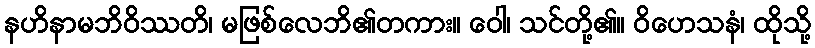
နဟိနာမဘိဝိဿတိ၊ မဖြစ်လေဘိ၏တကား။ ဝေါ၊ သင်တို့၏။ ဝိဟေသနံ၊ ထိုသို့